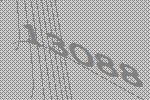
13088